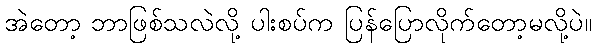
အဲတော့ ဘာဖြစ်သလဲလို့ ပါးစပ်က ပြန်ပြောလိုက်တော့မလို့ပဲ။